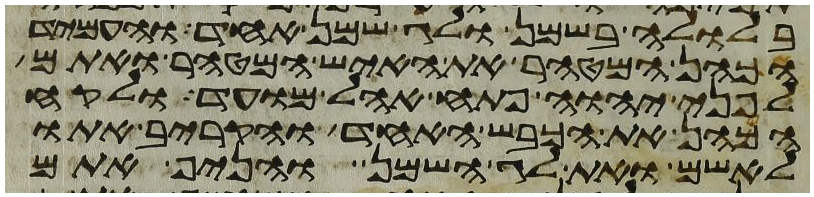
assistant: בלולה בשמן ולג שמן אחד והעמיד
הכהן המטהר את האיש המטהר ואתם
לפני יהוה פתח אהל מועד ולקח
הכהן את הכבש האחד והקריב אתו
לאשם ואת לג השמן והניף אתם